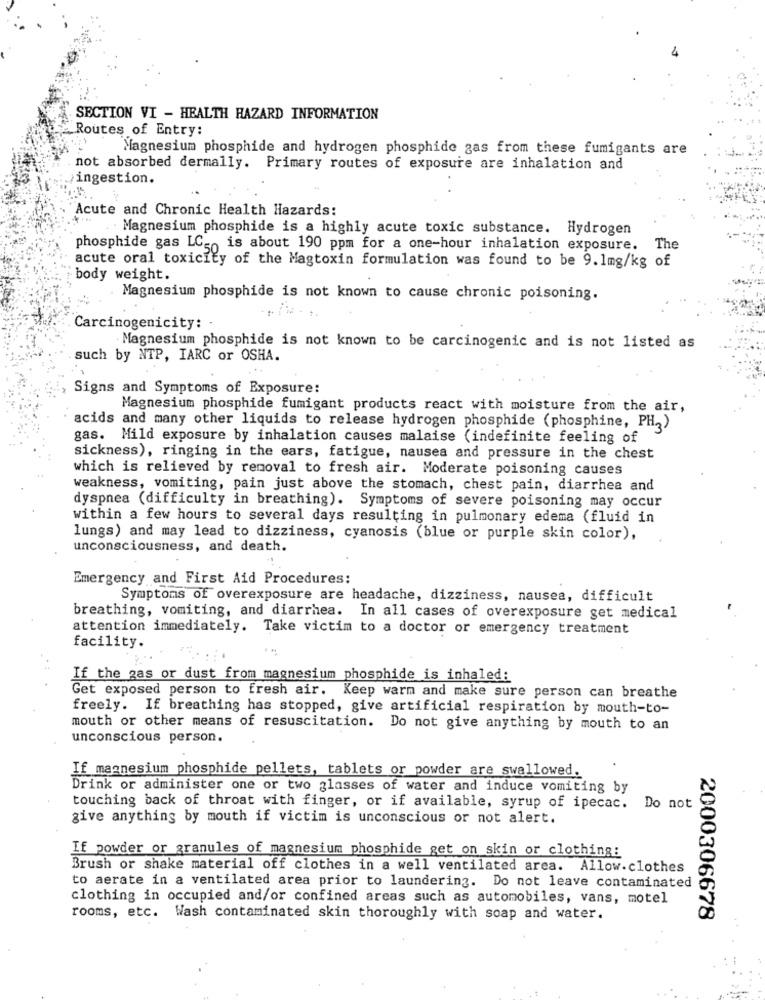
SECTION VI - HEALTH HAZARD INFORMATION
Routes of Entry:
Magnesium phosphide and hydrogen phosphide gas from these fumigants are
not absorbed dermally. Primary routes of exposure are inhalation and
ingestion.
Acute and Chronic Health Hazards:
Magnesium phosphide is a highly acute toxic substance. Hydrogen
phosphide gas LC _, is about 190 ppm for a one-hour inhalation exposure.
The
acute oral toxicity of the Magtoxin formulation was found to be 9.1mg/kg of
body weight.
Magnesium phosphide is not known to cause chronic poisoning.
Carcinogenicity:
Magnesium phosphide is not known to be carcinogenic and is not listed as
such by NTP, IARC or OSHA.
Signs and Symptoms of Exposure:
Magnesium phosphide fumigant products react with moisture from the air,
acids and many other liquids to release hydrogen phosphide (phosphine, PH2)
gas. Mild exposure by inhalation causes malaise (indefinite feeling of
sickness), ringing in the ears, fatigue, nausea and pressure in the chest
which is relieved by removal to fresh air. Moderate poisoning causes
weakness, vomiting, pain just above the stomach, chest pain, diarrhea and
dyspnea (difficulty in breathing). Symptoms of severe poisoning may occur
within a few hours to several days resulting in pulmonary edema (fluid in
lungs) and may lead to dizziness, cyanosis (blue or purple skin color),
unconsciousness, and death.
Emergency and First Aid Procedures:
Symptoms of overexposure are headache, dizziness, nausea, difficult
breathing, vomiting, and diarrhea. In all cases of overexposure get medical
attention immediately. Take victim to a doctor or emergency treatment
facility.
If the gas or dust from magnesium phosphide is inhaled:
Get exposed person to fresh air. Keep warm and make sure person can breathe
freely. If breathing has stopped, give artificial respiration by mouth-to-
mouth or other means of resuscitation. Do not give anything by mouth to an
unconscious person.
If magnesium phosphide pellets, tablets or powder are swallowed.
Drink or administer one or two glasses of water and induce vomiting by
touching back of throat with finger, or if available, syrup of ipecac.
Do not
give anything by mouth if victim is unconscious or not alert.
If powder or granules of magnesium phosphide get on skin or clothing:
Brush or shake material off clothes in a well ventilated area. Allow.clothes
to aerate in a ventilated area prior to laundering. Do not leave contaminated
clothing in occupied and/or confined areas such as automobiles, vans, motel
rooms, etc. Wash contaminated skin thoroughly with soap and water.
2000306678